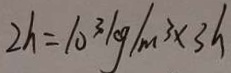
2 h = 1 0 ^ { 3 } k g / m ^ { 3 } \times 3 h